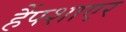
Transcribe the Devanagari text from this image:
हैंपशाएर